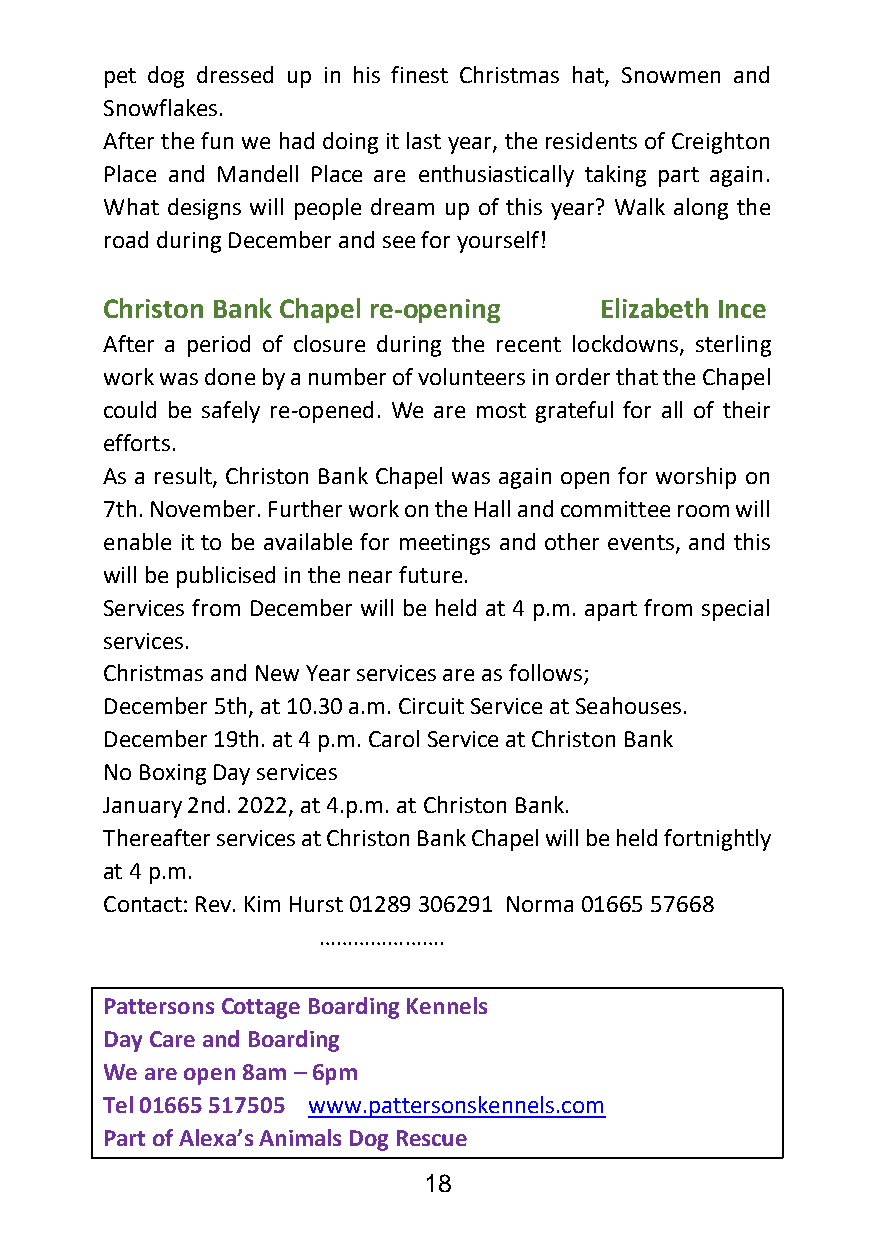
pet dog dressed up in his finest Christmas hat, Snowmen and
 Snowflakes.
 After the fun we had doing it last year, the residents of Creighton
 Place and Mandell Place are enthusiastically taking part again.
 What designs will people dream up of this year? Walk along the
 road during December and see for yourself!
 Christon Bank Chapel re-opening  Elizabeth Ince
 After a period of closure during the recent lockdowns, sterling
 work was done by a number of volunteers in order that the Chapel
 could be safely re-opened. We are most grateful for all of their
 efforts.
 As a result, Christon Bank Chapel was again open for worship on
 7th. November. Further work on the Hall and committee room will
 enable it to be available for meetings and other events, and this
 will be publicised in the near future.
 Services from December will be held at 4 p.m. apart from special
 services.
 Christmas and New Year services are as follows;
 December 5th, at 10.30 a.m. Circuit Service at Seahouses.
 December 19th. at 4 p.m. Carol Service at Christon Bank
 No Boxing Day services
 January 2nd. 2022, at 4.p.m. at Christon Bank.
 Thereafter services at Christon Bank Chapel will be held fortnightly
 at 4 p.m.
 Contact: Rev. Kim Hurst 01289 306291 Norma 01665 57668
 ………………….
 Pattersons Cottage Boarding Kennels
 Day Care and Boarding
 We are open 8am – 6pm
 Tel 01665 517505 www.pattersonskennels.com
 Part of Alexa’s Animals Dog Rescue
 18